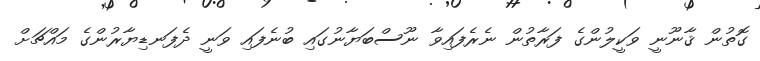
ގޮތުން ޤާނޫނީ ވަކީލުންގެ ފަރާތުން ނެރެފައިވާ ނޫސްބަޔާނުގައި ބުނެފައި ވަނީ ދެފަނޑިޔާރުންގެ މައްޗަށް